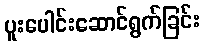
ပူးပေါင်းဆောင်ရွက်ခြင်း